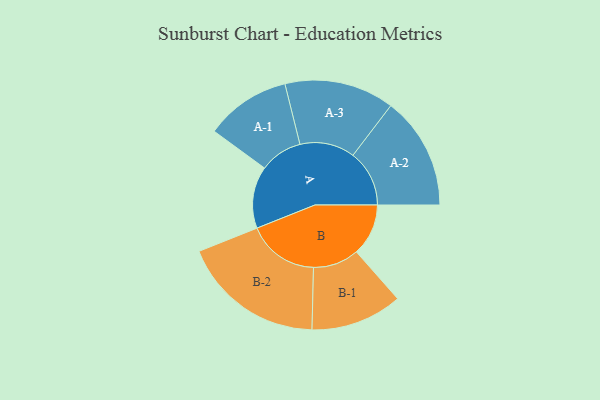
{"axis": {"x": "Segment", "y": "Value"}, "legend": ["", "A", "B"], "data": [{"x": "A", "y": 253, "type": ""}, {"x": "B", "y": 212, "type": ""}, {"x": "A-1", "y": 174, "type": "A"}, {"x": "A-2", "y": 230, "type": "A"}, {"x": "A-3", "y": 224, "type": "A"}, {"x": "B-1", "y": 187, "type": "B"}, {"x": "B-2", "y": 292, "type": "B"}]}